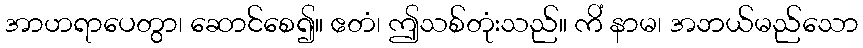
အာဟရာပေတွာ၊ ဆောင်စေ၍။ ဧတံ၊ ဤသစ်တုံးသည်။ ကိံ နာမ၊ အဘယ်မည်သော